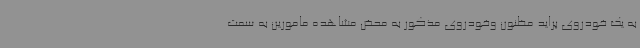
به یک خودروی پراید مظنون وخودروی مذکور به محض مشاهده مامورین به سمت